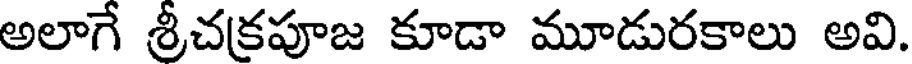
అలాగే శ్రీచక్రపూజ కూడా మూడురకాలు అవి.